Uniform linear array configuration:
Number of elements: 16
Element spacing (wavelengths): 0.25
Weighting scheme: kaiser
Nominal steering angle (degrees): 60
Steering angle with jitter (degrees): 58.277
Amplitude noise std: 0.05
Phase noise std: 0.05

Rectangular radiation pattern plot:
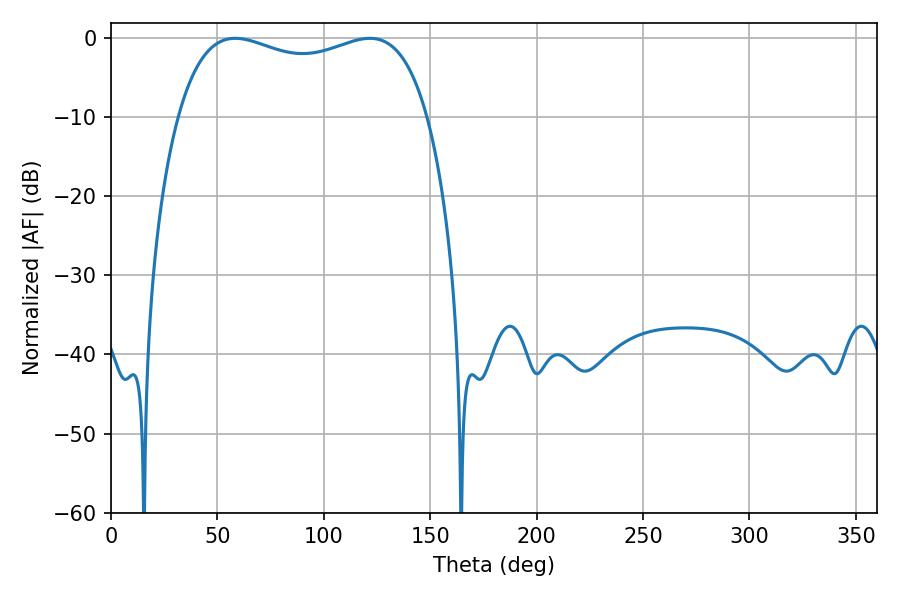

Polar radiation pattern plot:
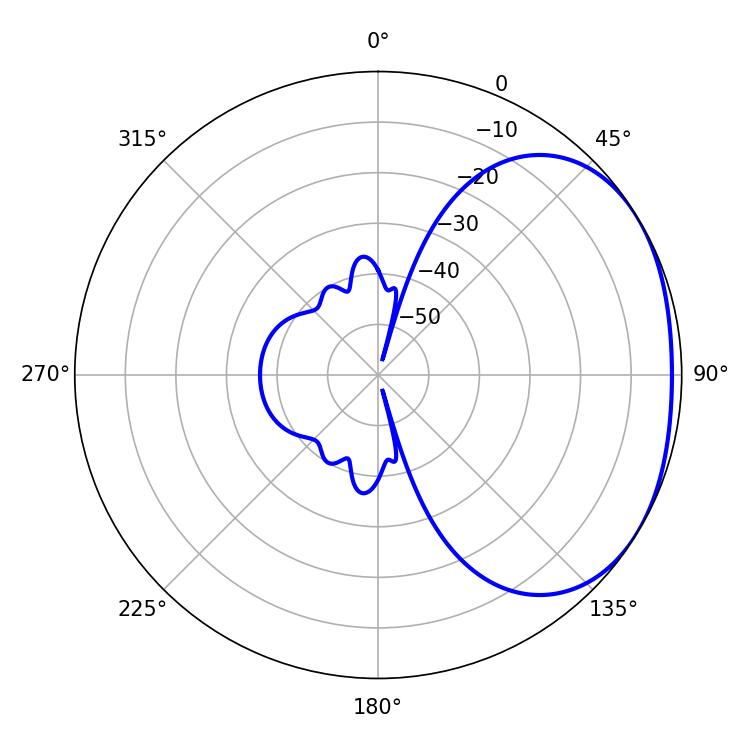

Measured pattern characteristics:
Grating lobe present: FALSE
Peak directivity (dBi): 1.969
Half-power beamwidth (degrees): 96.48
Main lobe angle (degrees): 58.32